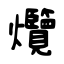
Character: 爦